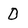
Character: 0